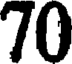
70